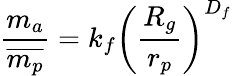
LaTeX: \frac{m_{a}}{\overline{{m_{p}}}}=k_{f}\left(\frac{R_{g}}{r_{p}}\right)^{D_{f}}